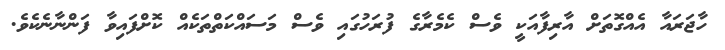
ހާޖަރައާ އެއްގޮތަށް އާރިފާއަކީ ވެސް ކެމެރާގެ ފުރަހުގައި ވެސް މަސައްކަތްތަކެއް ކޮށްފައިވާ ފަންނާނެކެވެ.